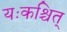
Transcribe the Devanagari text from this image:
यःकश्चित्